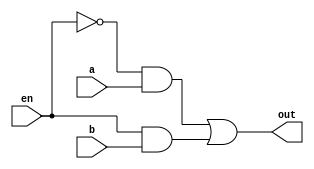
`timescale 1ns / 1ps
//////////////////////////////////////////////////////////////////////////////////
// Company: 
// Engineer: 
// 
// Design Name: 
// Module Name:    mux 
// Project Name: 
// Target Devices: 
// Tool versions: 
// Description: 
//
// Dependencies: 
//
// Revision: 
// Revision 0.01 - File Created
// Additional Comments: 
//
//////////////////////////////////////////////////////////////////////////////////
module mux(
    input a,
    input b,
    input en,
    output out
    );
wire d,e,en_;
not n1(en_,en);
and a1(d,en_,a);
and b1(e,en,b);
or o1(out,d,e);

endmodule